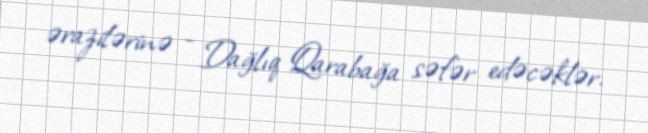
ərazilərinə - Dağlıq Qarabağa səfər edəcəklər.